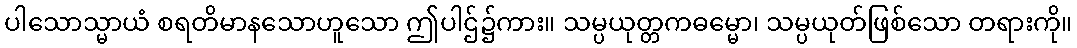
ပါသောသ္မာယံ စရတိမာနသောဟူသော ဤပါဌ်၌ကား။ သမ္ပယုတ္တကဓမ္မော၊ သမ္ပယုတ်ဖြစ်သော တရားကို။